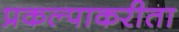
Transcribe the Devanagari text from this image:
प्रकल्पाकरीता